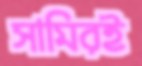
সামিরই